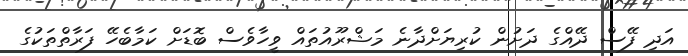
އަދި ފޭސް ދޭއްގެ ދަށުން ކުރިޔަށްދާނެ މަޝްރޫއުތައް ވީހާވެސް ބޮޑަށް ކަމާބެހޭ ފަރާތްތަކުގެ